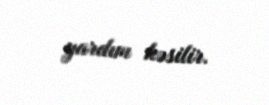
yardım kəsilir.